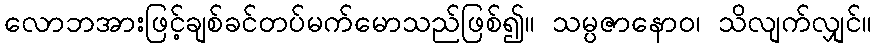
လောဘအားဖြင့်ချစ်ခင်တပ်မက်မောသည်ဖြစ်၍။ သမ္ပဇာနောဝ၊ သိလျက်လျှင်။